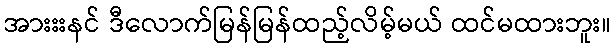
အားးးနင် ဒီလောက်မြန်မြန်ထည့်လိမ့်မယ် ထင်မထားဘူး။